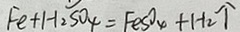
F e + H _ { 2 } S O _ { 4 } = F e S O _ { 4 } + H _ { 2 } \uparrow